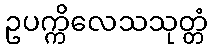
ဥပက္ကိလေသသုတ္တံ